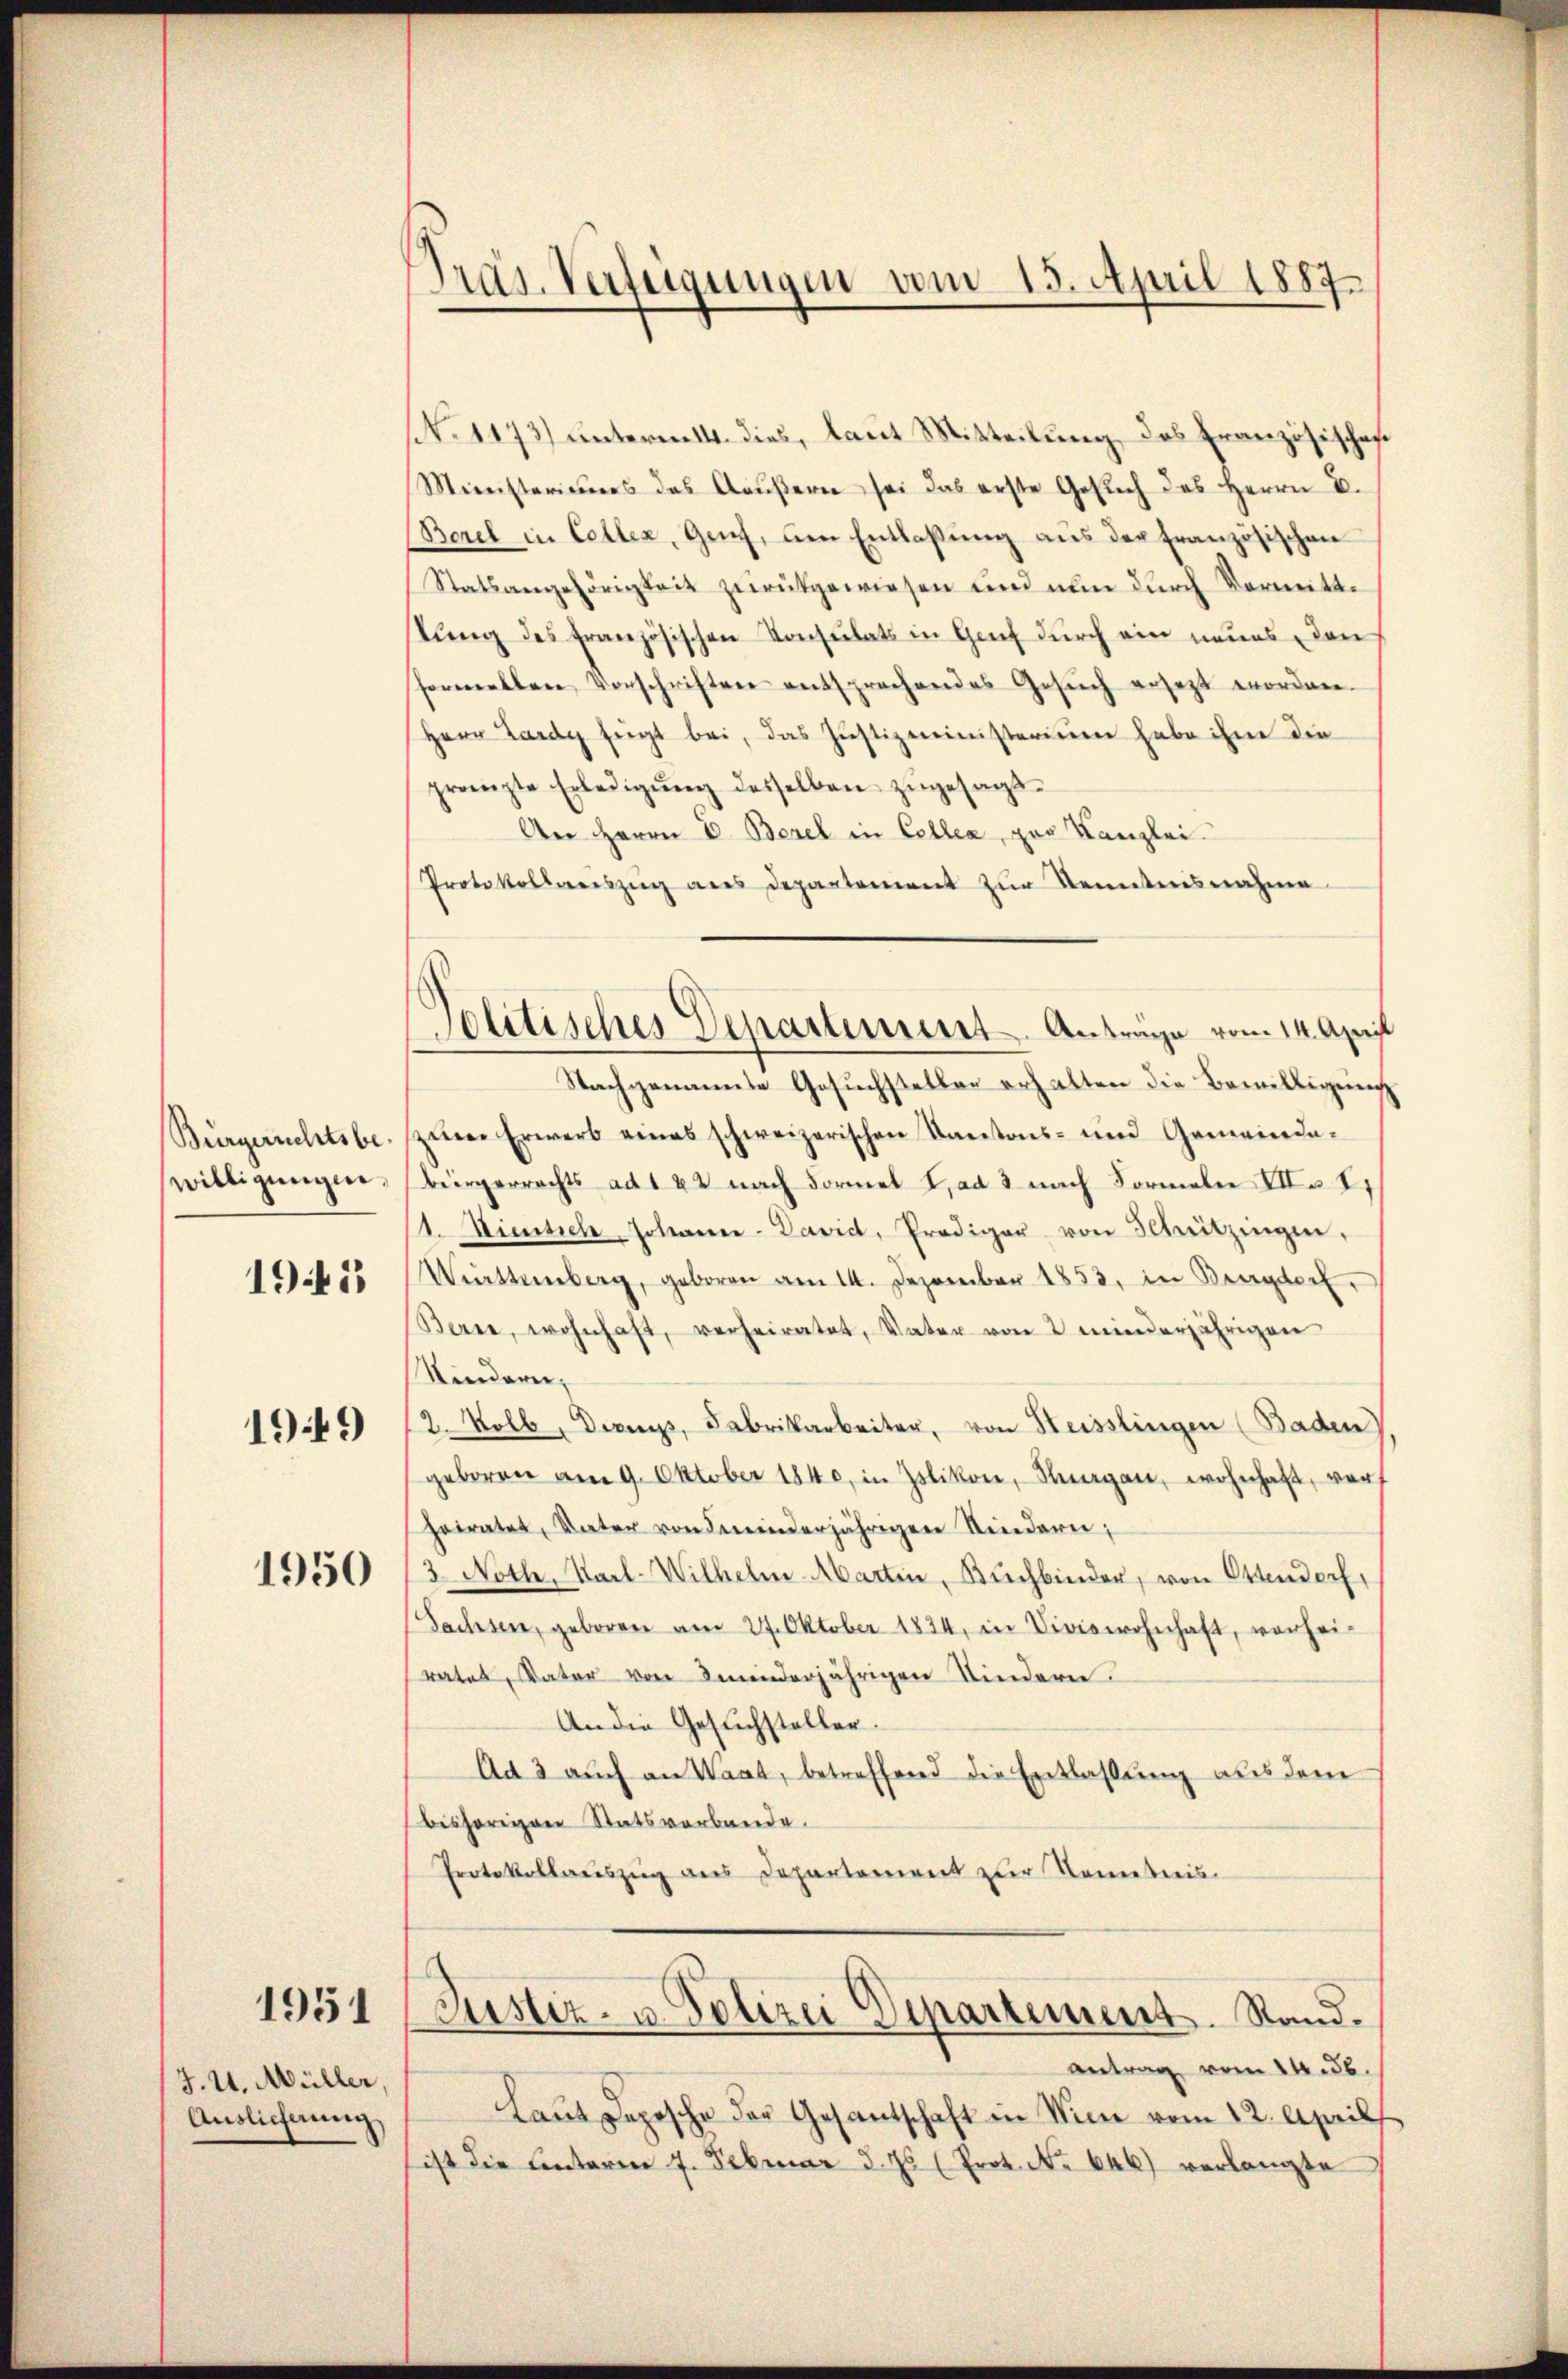
Bürgerichtsbewilligungen,

1945

1949

1950

1951

J. U. Müller
Auslieferung

Präs. Verfügungen vom 15. April 1887

Politisches Departement. Anträge vom 14. April

(N. 1173) unterm 14. dies, laut Mitteilung des Französisches
Ministeriebers des Aŭβern sei das erste Gesŭch des Herrn C.
Borel in Cellen, Genf, um Entlaßung aus der französischen
Statsangehörigkeit zurückgewiesen und nun durch Vormittlung des französischen Konsulats in Genf durch ein neues den
fermellen Vorschriften entsprechendes Gesuch ersetzt worden.
Herr Lardy fügt bei, das Justizministerium habe ihm die
pränzte Erledigŭng desselben zugesagt.
An Herrn E. Bezel in Cellen, zur Kanzlei
Protokollweiszug aus Departement zŭr Kenntnisnahme
Nachgenannte Gesuchsteller erhalten die Bewilligung
zine Erwerb eines schweizerischen Kantons- und Gemeindebürgerrechts ad 142 nach Formel ad 3 nach Formeln VII S.
1. Diensich Johanne-David, Prediger von Illnitzingen,
Wiettemberg, geboren am 14. Dezember 1853, in Burgdorf.
Berne, wohnhaft, verheiratet, Vater von 2 minderjährigen
Kindern,
2. Kolb, Diens, Fabrikarbeiter, von Heisslingen (Baden),
geboren am 9. Oktober 1840, in Islikon, Hungen, wohnhaft, vor
heiratet, Vater von Feinderjährigen Kindern;
3. Noth, Karl-Wilhelm-Abarten, Bŭchbinder, von Ottendorf,
Sachsen, geboren am 27. Oktober 1834, in Viviswohnhaft, vorhei-
ratet, Vater von minderjährigen Kindern.
An die Gesuchsteller.
Ad 3 auch an Wart, betreffend die Entlaßung aus dem
bisherigen Statsverbande.
Protokollauszug aus Departement zur Kometris

Justiz- u. Polizei Departement. Stand.

antrag vom 14. d.
Laut Depesche der Gesantschaft in Sinn vom 12. April
ist die Einterier 7. Februar d. Js (Prot. No 646) verlangte